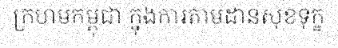
ក្រហមកម្ពុជា ក្នុងការតាមដានសុខទុក្ខ